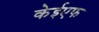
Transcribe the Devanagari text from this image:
केईएफ